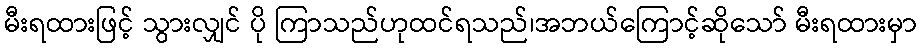
မီးရထားဖြင့် သွားလျှင် ပို ကြာသည်ဟုထင်ရသည်၊အဘယ်ကြောင့်ဆိုသော် မီးရထားမှာ